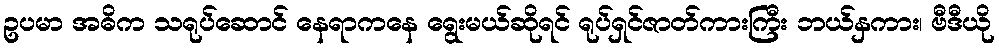
ဥပမာ အဓိက သရုပ်ဆောင် နေရာကနေ ရွေးမယ်ဆိုရင် ရုပ်ရှင်ဇာတ်ကားကြီး ဘယ်နှကား၊ ဗီဒီယို